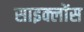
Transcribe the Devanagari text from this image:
साइक्लोंस